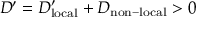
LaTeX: D ^ { \prime } = D _ { \mathrm { l o c a l } } ^ { \prime } + D _ { \mathrm { n o n - l o c a l } } > 0